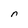
Character: n